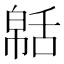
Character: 𦧠